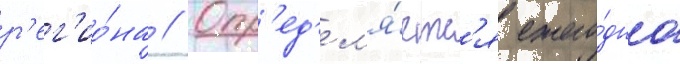
р'ег'ио́на // Опр'ед'ел'я́етс'я ежего́дно